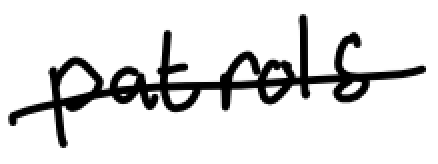
Text: patrols
Cross-out: single-line
Writing tool: digital_black